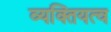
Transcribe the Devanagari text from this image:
व्यक्तियत्व